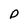
Character: D